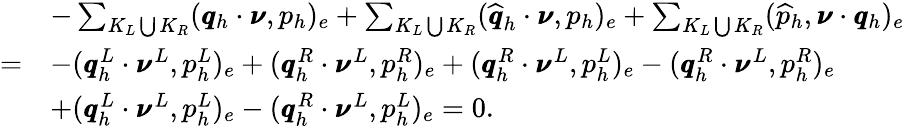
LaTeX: \begin{array}{rl}&{-\sum_{K_{L}\bigcup K_{R}}(\pmb{q}_{h}\cdot\pmb{\nu},p_{h})_{e}+\sum_{K_{L}\bigcup K_{R}}(\widehat{\pmb{q}}_{h}\cdot\pmb{\nu},p_{h})_{e}+\sum_{K_{L}\bigcup K_{R}}(\widehat{p}_{h},\pmb{\nu}\cdot\pmb{q}_{h})_{e}}\\ {=}&{-(\pmb{q}_{h}^{L}\cdot\pmb{\nu}^{L},p_{h}^{L})_{e}+(\pmb{q}_{h}^{R}\cdot\pmb{\nu}^{L},p_{h}^{R})_{e}+(\pmb{q}_{h}^{R}\cdot\pmb{\nu}^{L},p_{h}^{L})_{e}-(\pmb{q}_{h}^{R}\cdot\pmb{\nu}^{L},p_{h}^{R})_{e}}\\ &{+(\pmb{q}_{h}^{L}\cdot\pmb{\nu}^{L},p_{h}^{L})_{e}-(\pmb{q}_{h}^{R}\cdot\pmb{\nu}^{L},p_{h}^{L})_{e}=0.}\end{array}